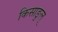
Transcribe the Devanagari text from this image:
किसाङुल्